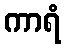
ကာရံ